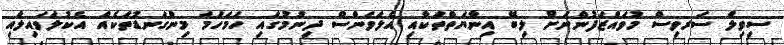
ސިވިލް ސަރވިސް މުވައްޒަފުންނަށް ލިބޭ އިނާޔަތްތަކާއި އެލަވަންސް ދިނުމުގައި ހަމަހަމަ މިންގަނޑުތަކެއް އެކުލަވައިލައި